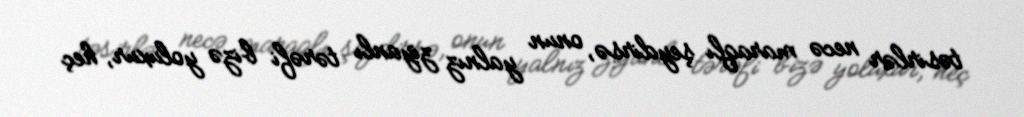
təsirlər necə maraqlı şeydirsə, onun yalnız ziyanlı tərəfi bizə yoluxur, heç